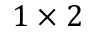
1 \times 2